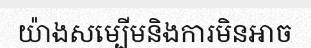
យ៉ាងសម្បើមនិងការមិនអាច